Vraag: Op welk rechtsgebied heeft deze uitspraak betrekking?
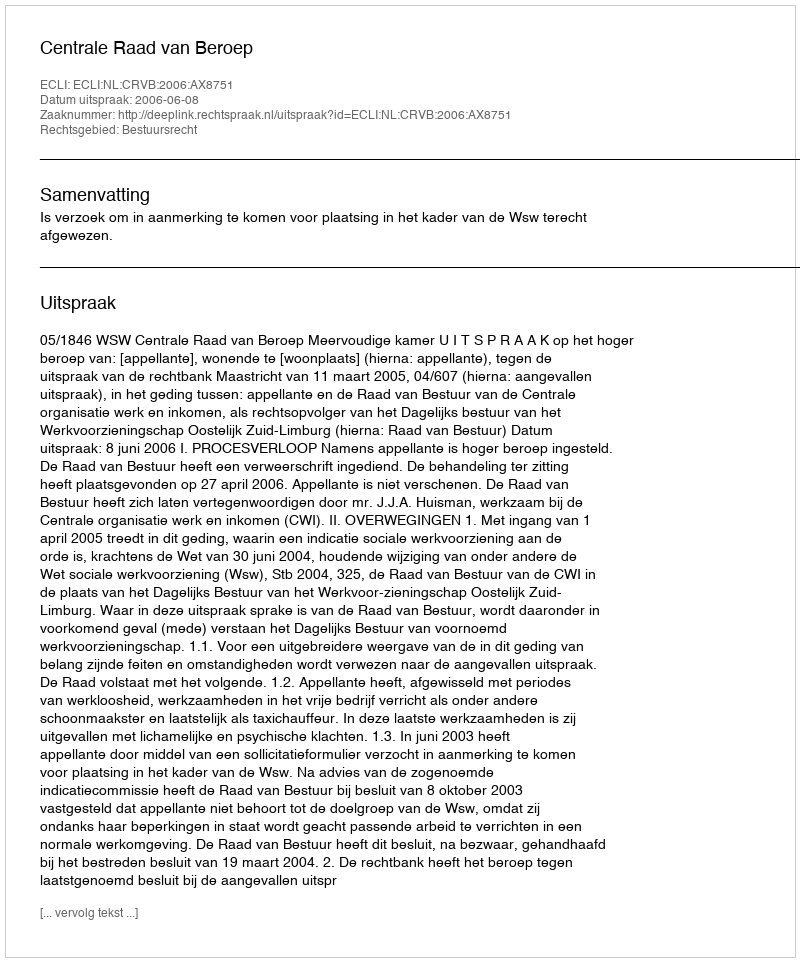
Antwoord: Bestuursrecht